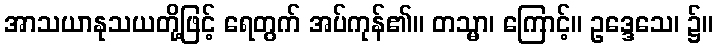
အာသယာနုသယတို့ဖြင့် ရေတွက် အပ်ကုန်၏။ တသ္မာ၊ ကြောင့်။ ဥဒ္ဒေသေ၊ ၌။